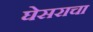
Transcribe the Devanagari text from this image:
घेसराचा